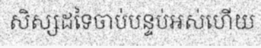
សិស្សដទៃចាប់បន្ទប់អស់ហើយ